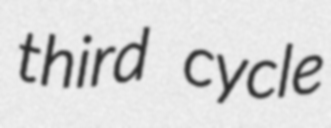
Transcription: third cycle